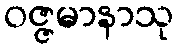
ဝဇ္ဇမာနာသု